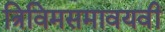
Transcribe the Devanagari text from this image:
त्रिविमसमावयवी